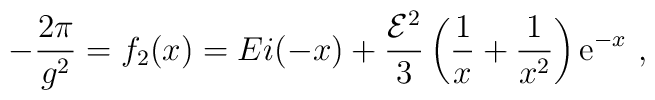
-{2\pi\over g^{2}}=f_{2}(x)=Ei(-x)+{{\cal E}^{2}\over3}\left({1\over x}+{1\over x^{2}}\right){\mathrm e}^{-x}\ ,